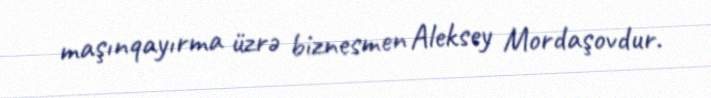
maşınqayırma üzrə biznesmen Aleksey Mordaşovdur.